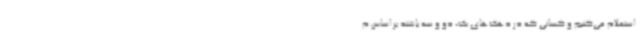
استعلام می‌کنیم و کسانی که در دهک‌های یک، دو و سه باشند بر اساس م